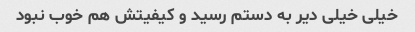
خیلی خیلی دیر به دستم رسید و کیفیتش هم خوب نبود